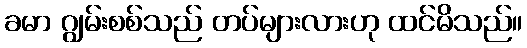
ခမာ ဂျွမ်းစစ်သည် တပ်များလားဟု ထင်မိသည်။